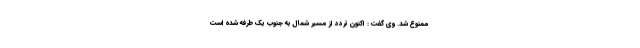
ممنوع شد. وی گفت : اکنون تردد از مسیر شمال به جنوب یک طرفه شده است